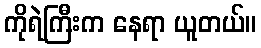
ကိုရဲကြီးက နေရာ ယူတယ်။